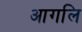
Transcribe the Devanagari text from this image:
आगलि